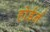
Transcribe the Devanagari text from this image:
होर्डर्न